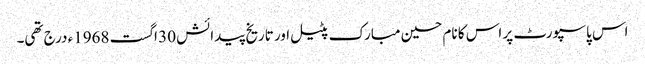
اس پاسپورٹ پر اس کا نام حسین مبارک پٹیل اور تاریخ پیدائش 30 اگست 1968ء درج تھی۔